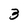
Character: 3